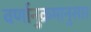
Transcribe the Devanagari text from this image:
वर्णानुक्रमानुसार